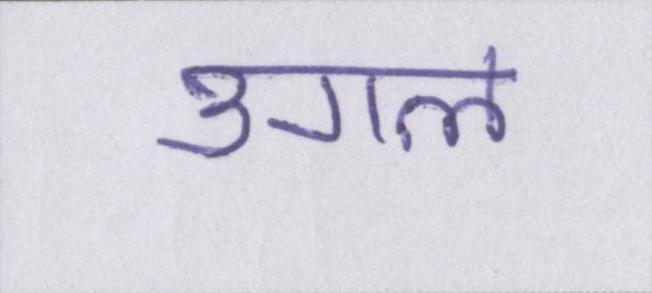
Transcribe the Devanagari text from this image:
उगल